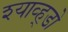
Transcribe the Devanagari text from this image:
श्याव्ह्डो